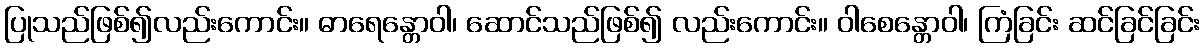
ပြုသည်ဖြစ်၍လည်းကောင်း။ ဓာရေန္တောဝါ၊ ဆောင်သည်ဖြစ်၍ လည်းကောင်း။ ဝါစေန္တောဝါ၊ ကြံခြင်း ဆင်ခြင်ခြင်း